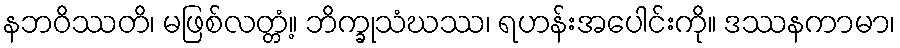
နဘဝိဿတိ၊ မဖြစ်လတ္တံ့။ ဘိက္ခုသံဃဿ၊ ရဟန်းအပေါင်းကို။ ဒဿနကာမာ၊